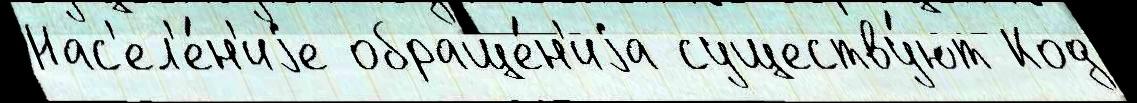
Нас'ел'е́н'иjе обраще́н'иjа существу́ют Код